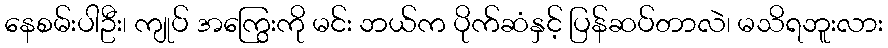
နေစမ်းပါဦး၊ ကျုပ် အကြွေးကို မင်း ဘယ်က ပိုက်ဆံနှင့် ပြန်ဆပ်တာလဲ၊ မသိရဘူးလား